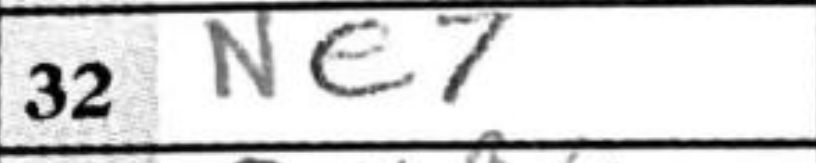
Transcription: Ne7